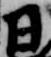
日